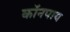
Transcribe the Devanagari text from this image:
कॉनपाय